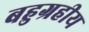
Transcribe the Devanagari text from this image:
बहुग्रहीय